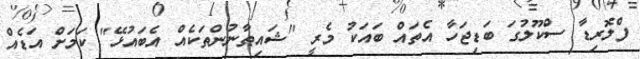
ފްލޮރިޑާ ސްކޫލުގަ ބަޑިޖަހާ އެތައް ބައަކު މެރީ "ޝައިޠާނުންތަކެއް އެބައުޅޭ" ކަމަށް އަޑެއް